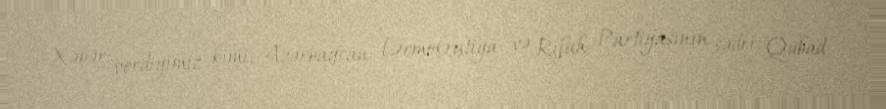
Xəbər verdiyimiz kimi, Azərbaycan Demokratiya və Rifah Partiyasının sədri Qubad